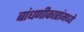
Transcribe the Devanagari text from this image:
बांधणीकारांमध्ये